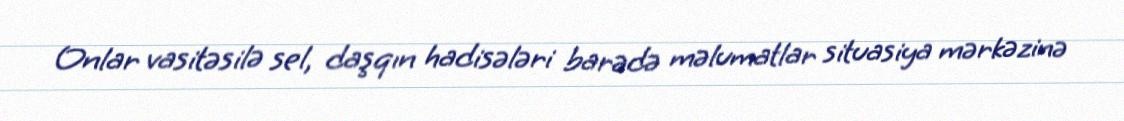
Onlar vasitəsilə sel, daşqın hadisələri barədə məlumatlar situasiya mərkəzinə